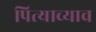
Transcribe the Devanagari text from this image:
पित्याच्याच